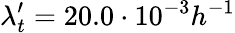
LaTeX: \lambda_{t}^{\prime}=20.0\cdot 10^{-3}h^{-1}